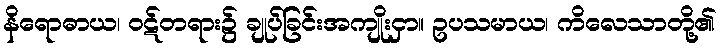
နိရောဓာယ၊ ဝဋ်တရား၌ ချုပ်ခြင်းအကျိုးငှာ။ ဥပသမာယ၊ ကိလေသာတို့၏